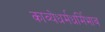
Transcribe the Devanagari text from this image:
काव्येधर्मधर्मिभाव